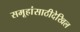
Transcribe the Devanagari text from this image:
समूहांसाठीदेखिल